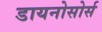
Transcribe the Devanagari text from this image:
डायनोसोर्स